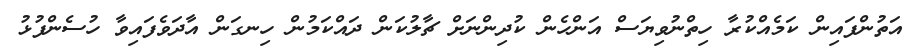
އަތުންފައިން ކަމެއްކުރާ ހިތްނުވިޔަސް އަންހެން ކުދިންނަށް ޗާލުކަން ދައްކަމުން ހިނގަން އާދަވެފައިވާ ހުސެންފުޅު